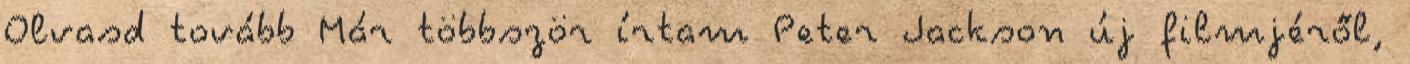
Olvasd tovább Már többször írtam Peter Jackson új filmjéről,